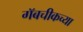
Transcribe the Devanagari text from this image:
गॅबचीकच्या